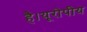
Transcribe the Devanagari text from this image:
है।यूरोपीय